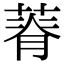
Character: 𦵾